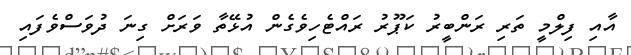
އާއި ފިލްމީ ތަރި ރަންބީރު ކަޕޫރު ރައްޓެހިވެގެން އުޅޭތާ ވަރަށް ގިނަ ދުވަސްވެފައި